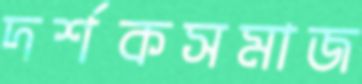
দর্শকসমাজ